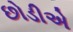
છોડીએ